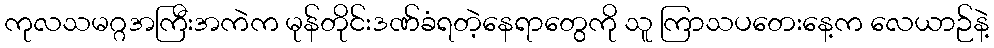
ကုလသမဂ္ဂအကြီးအကဲက မုန်တိုင်းဒဏ်ခံရတဲ့နေရာတွေကို သူ ကြာသပတေးနေ့က လေယာဉ်နဲ့